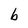
Character: b